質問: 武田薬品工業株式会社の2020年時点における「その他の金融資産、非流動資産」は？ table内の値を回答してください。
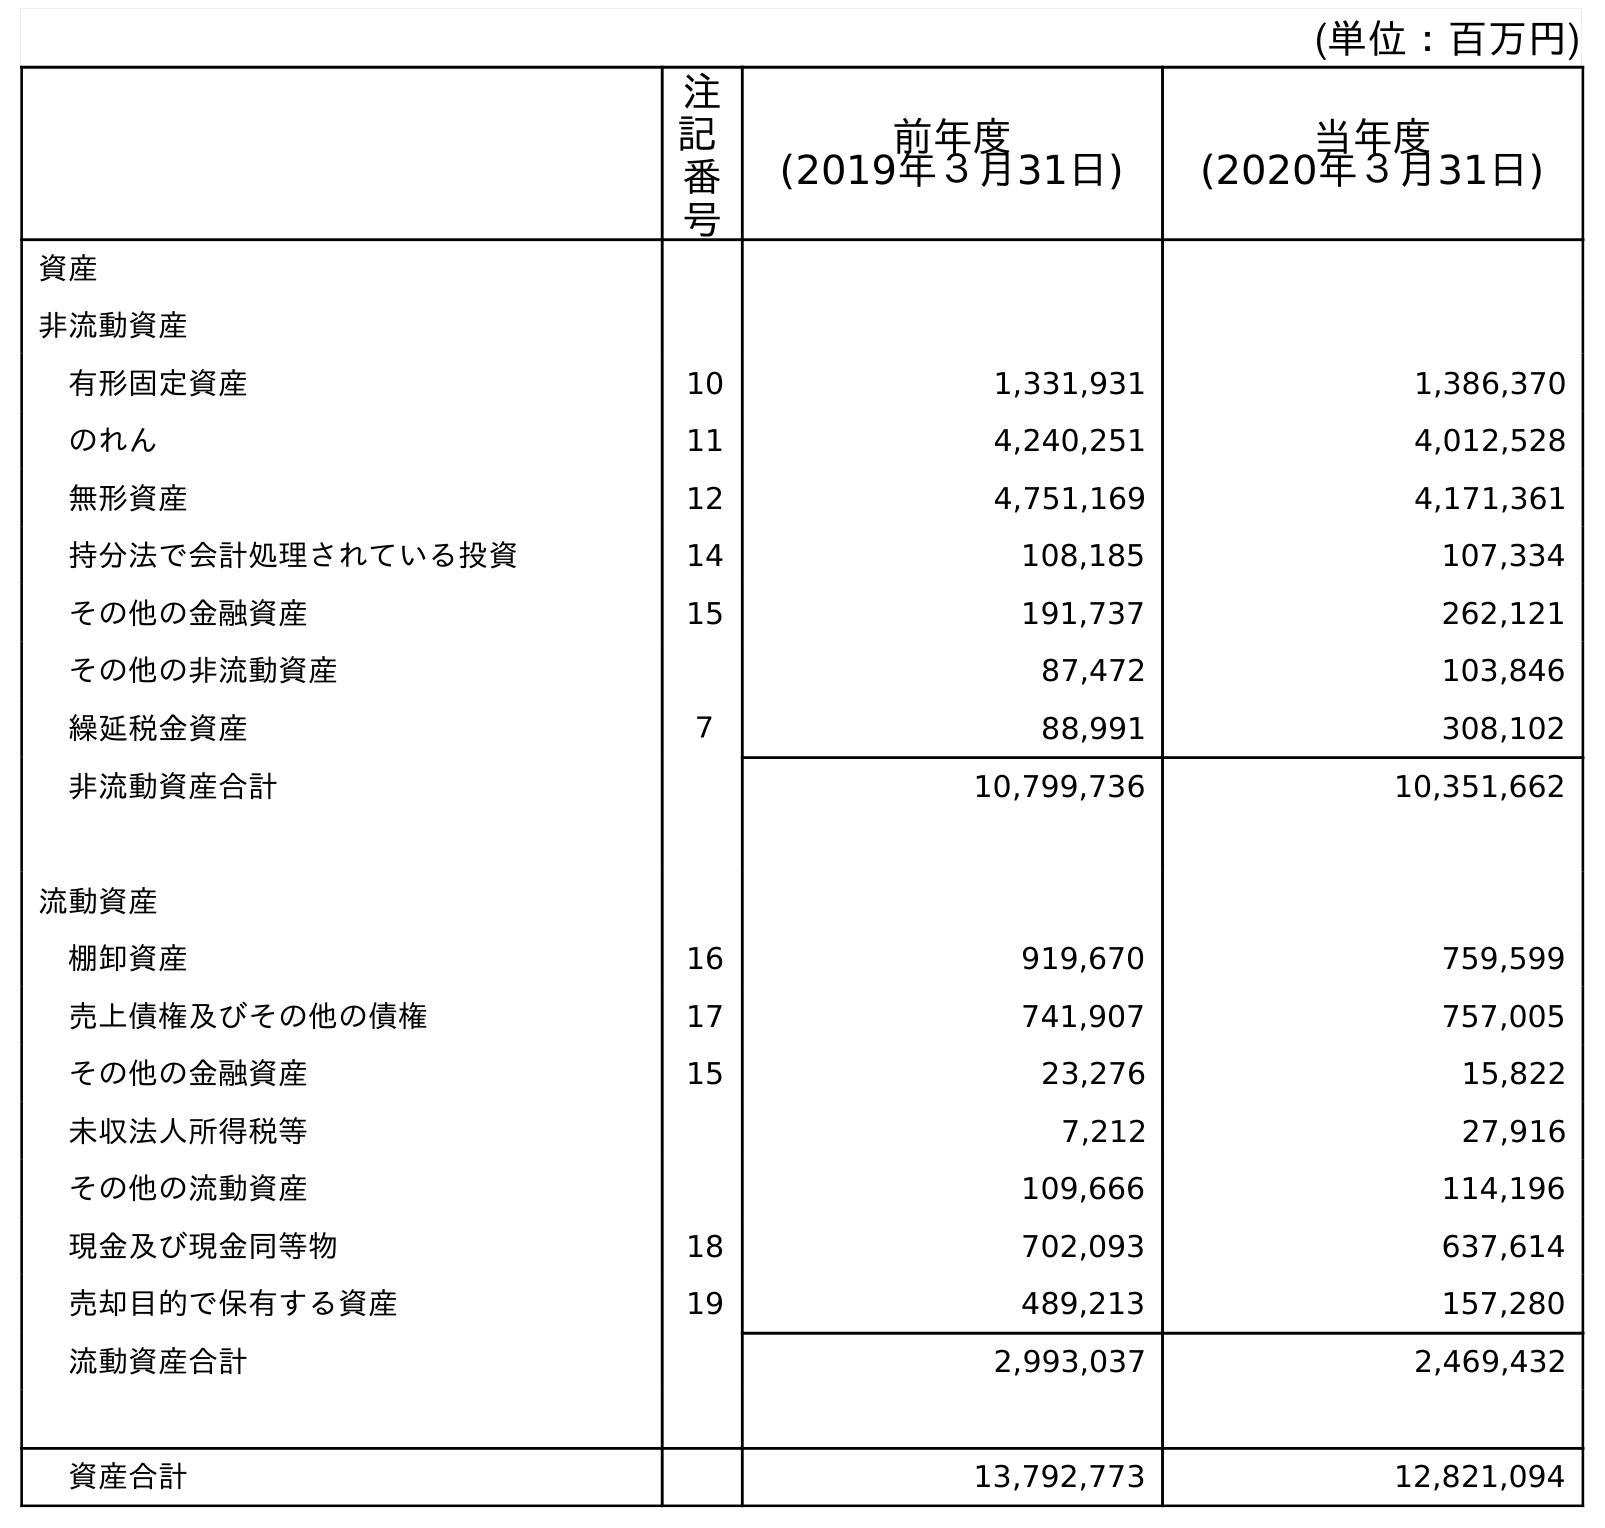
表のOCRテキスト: (単位：百万円) 注 記 番 号 前年度 (2019年３月31日) 当年度 (2020年３月31日) 資産 非流動資産 有形固定資産 10 1,331,931 1,386,370 のれん 11 4,240,251 4,012,528 無形資産 12 4,751,169 4,171,361 持分法で会計処理されている投資 14 108,185 107,334 その他の金融資産 15 191,737 262,121 その他の非流動資産 87,472 103,846 繰延税金資産 ７ 88,991 308,102 非流動資産合計 10,799,736 10,351,662 流動資産 棚卸資産 16 919,670 759,599 売上債権及びその他の債権 17 741,907 757,005 その他の金融資産 15 23,276 15,822 未収法人所得税等 7,212 27,916 その他の流動資産 109,666 114,196 現金及び現金同等物 18 702,093 637,614 売却目的で保有する資産 19 489,213 157,280 流動資産合計 2,993,037 2,469,432 資産合計 13,792,773 12,821,094
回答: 262,121